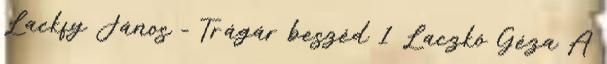
Lackfy János - Trágár beszéd 1 Laczkó Géza A